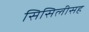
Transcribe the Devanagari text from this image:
सिसिलीसह